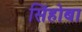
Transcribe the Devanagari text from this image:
सिंहोबा